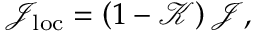
\begin{array} { r } { \mathcal { J } _ { \mathrm { l o c } } = \left( 1 - \mathcal { K } \right) \mathcal { J } , } \end{array}